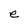
Character: e